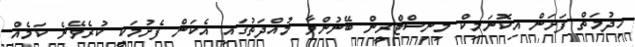
ހިދުމަތް ފަށަން އިކޮނަމިކް މިނިސްޓްރީން ބޭނުންވާ މުއްދަތުގައި އެކަން ފެށުމަކީ ކުރެވޭނެ ކަމެއް